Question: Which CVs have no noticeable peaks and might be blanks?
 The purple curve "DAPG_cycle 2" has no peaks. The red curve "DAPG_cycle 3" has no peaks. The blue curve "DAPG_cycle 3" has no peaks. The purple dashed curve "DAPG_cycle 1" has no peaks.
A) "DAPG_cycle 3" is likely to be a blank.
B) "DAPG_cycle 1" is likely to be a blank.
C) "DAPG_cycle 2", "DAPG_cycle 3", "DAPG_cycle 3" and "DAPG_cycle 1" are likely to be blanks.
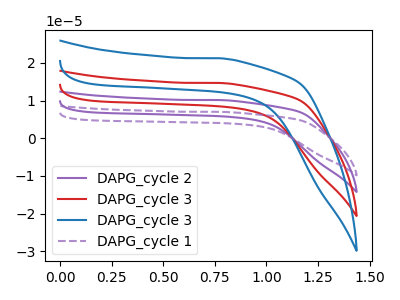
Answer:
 <answer>C) "DAPG_cycle 2", "DAPG_cycle 3", "DAPG_cycle 3" and "DAPG_cycle 1" are likely to be blanks.</answer>
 <eval>C</eval>